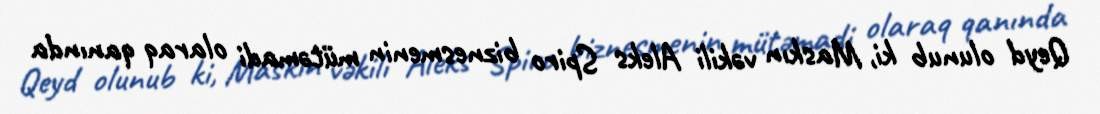
Qeyd olunub ki, Maskın vəkili Aleks Spiro biznesmenin mütəmadi olaraq qanında